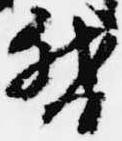
督